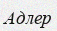
Адлер